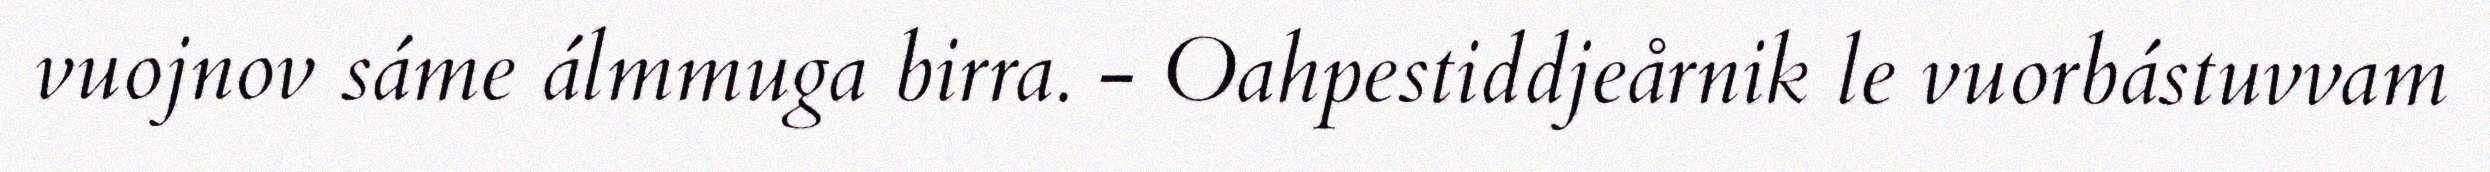
vuojnov sáme álmmuga birra. - Oahpestiddjeårnik le vuorbástuvvam